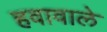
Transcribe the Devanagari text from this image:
हवावाले